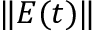
\| E ( t ) \|